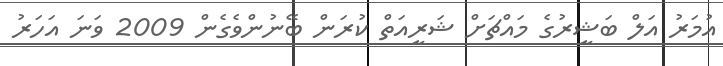
އުމަރު އަލް ބަޝީރުގެ މައްޗަށް ޝަރީއަތް ކުރަން ބޭނުންވެގެން 2009 ވަނަ އަހަރު